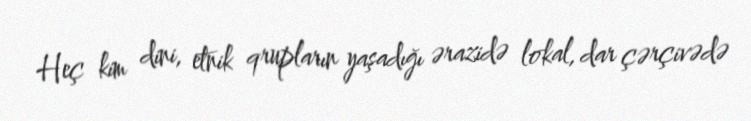
Heç kim dini, etnik qrupların yaşadığı ərazidə lokal, dar çərçivədə